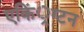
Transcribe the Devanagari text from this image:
एकिं्रग्टन